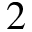
2